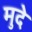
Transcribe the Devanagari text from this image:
मुदे